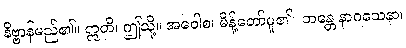
နိဗ္ဗာန်မည်၏။ ဣတိ၊ ဤသို့။ အဝေါစ၊ မိန့်တော်မူ၏။ ဘန္တေ နာဂသေနာ၊